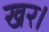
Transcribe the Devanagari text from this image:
खर।